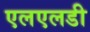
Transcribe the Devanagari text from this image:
एलएलडी